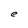
Character: e